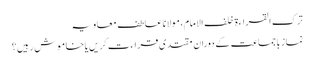
ترک القراءۃ خلف الامام، مولانا عاطف معاویہ
نماز باجماعت کے دوران مقتدی قراءت کریں یا خاموش رہیں؟